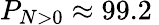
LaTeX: P_{N>0}\approx 99.2\